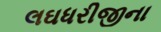
લઘધરીજીના